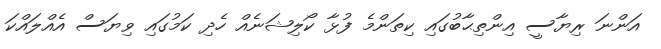
އަންނަ ރިޔާސީ އިންތިޙާބުގައި ކިތަންމެ ފުޅާ ކޯލިޝަނެއް ހެދި ކަމުގައި ވިޔަސް އެއްލައްކަ